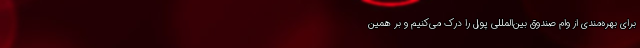
برای بهره‌مندی از وام صندوق بین‌المللی پول را درک می‌کنیم و بر همین